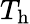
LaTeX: T_{\mathrm{h}}